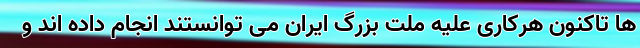
ها تاکنون هرکاری علیه ملت بزرگ ایران می توانستند انجام داده اند و